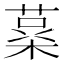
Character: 𮐪